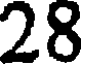
28